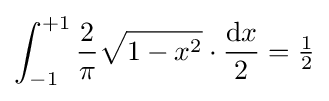
\int _{-1}^{+1}{\frac {2}{\pi }}{\sqrt {1-x^{2}}}\cdot {\frac {\mathrm {d} x}{2}}={\tfrac {1}{2}}